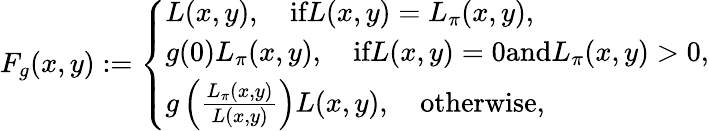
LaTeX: \begin{array}{r}{F_{g}(x,y):=\left\{ \begin{array}{ll}{L(x,y),\quad\textrm{if}L(x,y)=L_{\pi}(x,y),}\\ {g(0)L_{\pi}(x,y),\quad\textrm{if}L(x,y)=0\textrm{and}L_{\pi}(x,y)>0,}\\ {g\left(\frac{L_{\pi}(x,y)}{L(x,y)}\right)L(x,y),\quad\textrm{otherwise},}\end{array}\right.}\end{array}